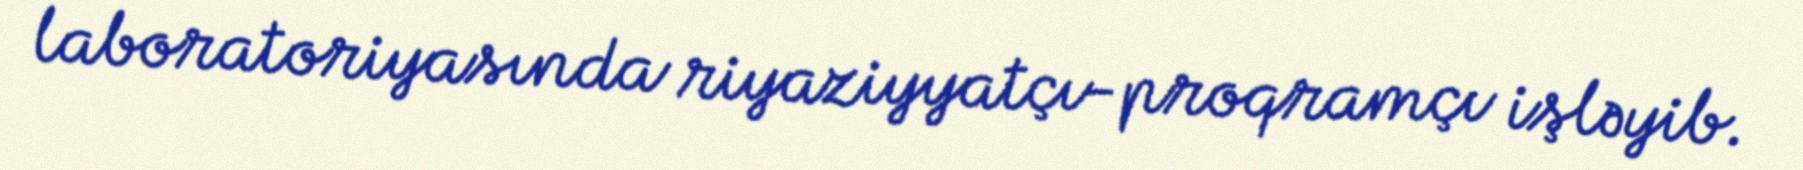
laboratoriyasında riyaziyyatçı-proqramçı işləyib.